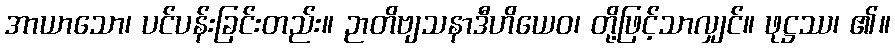
အာယာသော၊ ပင်ပန်းခြင်းတည်း။ ဉာတိဗျသနာဒီဟိယေဝ၊ တို့ဖြင့်သာလျှင်။ ဖုဋ္ဌဿ၊ ၏။